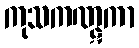
ကုသကဏ္ဋကာ